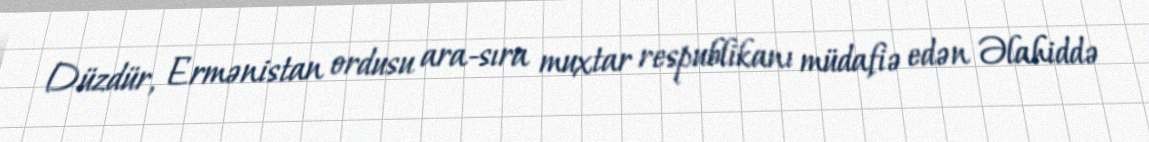
Düzdür, Ermənistan ordusu ara-sıra muxtar respublikanı müdafiə edən Əlahiddə